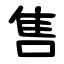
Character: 售